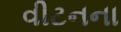
વીટનના